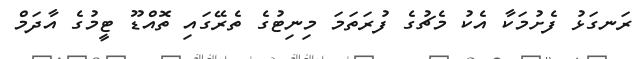
ރަނގަޅު ފެށުމަކާ އެކު މެޗުގެ ފުރަތަމަ މިނިޓުގެ ތެރޭގައި ތޮއްޑޫ ޓީމުގެ އާދަމް